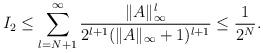
LaTeX: \begin{align*}I_2\leq \sum_{l=N+1}^{\infty} \frac{\|A\|_{\infty}^l}{2^{l+1}(\|A\|_{\infty}+1)^{l+1}} \leq \frac{1}{2^N}.\end{align*}